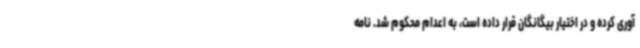
آوری کرده و در اختیار بیگانگان قرار داده است، به اعدام محکوم شد. نامه